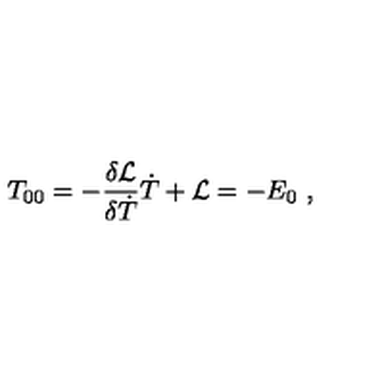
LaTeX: T _ { 0 0 } = - { \frac { \delta { { \cal L } } } { \delta \dot { T } } } \dot { T } + { \cal L } = - E _ { 0 } \ ,